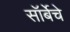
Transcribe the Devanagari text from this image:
सॉर्बेचे